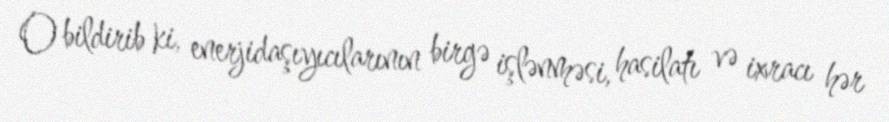
O bildirib ki, enerjidaşıyıcılarının birgə işlənməsi, hasilatı və ixracı hər